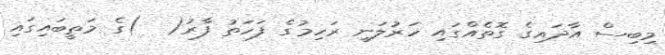
މިބިސް އާދައިގެ ގޮތެއްގައި ހަރުލަނީ ރަހިމުގެ ފަހަތު ފާރު(  )ގެ މަތީބައިގައި